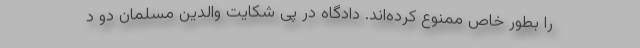
را بطور خاص ممنوع کرده‌اند. دادگاه در پی شکایت والدین مسلمان دو د